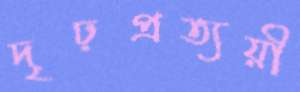
দৃঢ়প্রত্যয়ী